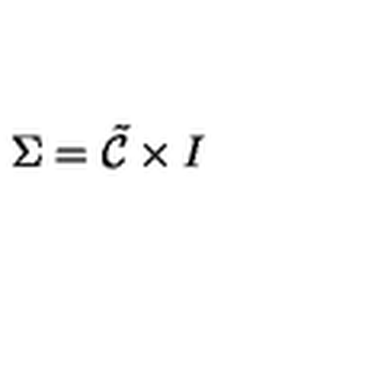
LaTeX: \Sigma = \tilde { \cal { C } } \times I